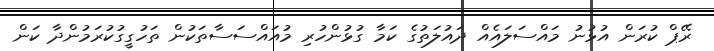
ރޭޕް ކުރަން އުޅުނު މައްސަލައެއް ދައުލަތުގެ ކަމާ ގުޅުންހުރި މުއައްސަސާތަކުން ތަހުގީގުކުރަމުންދާ ކަން